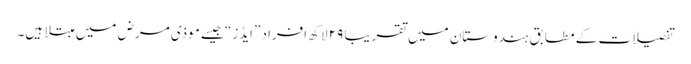
تفصیلات کے مطابق ہندوستان میں تقریباً ۲۹ لاکھ افراد ”ایڈز“ جیسے موذی مرض میں مبتلا ہیں۔